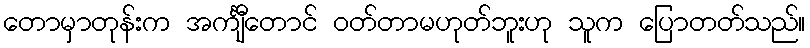
တောမှာတုန်းက အင်္ကျီတောင် ဝတ်တာမဟုတ်ဘူးဟု သူက ပြောတတ်သည်။